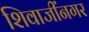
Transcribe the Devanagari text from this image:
शिवाजींनगर